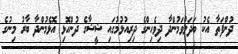
ދުންފަތާ އެކު ބަދަލުވަމުންދާ ދިވެހިންގެ ދިރިއުޅުމުގައި ޝީޝާގެ ދުންހޮޅި އޮޅެމުންދާ ބާރު މިނުގެ